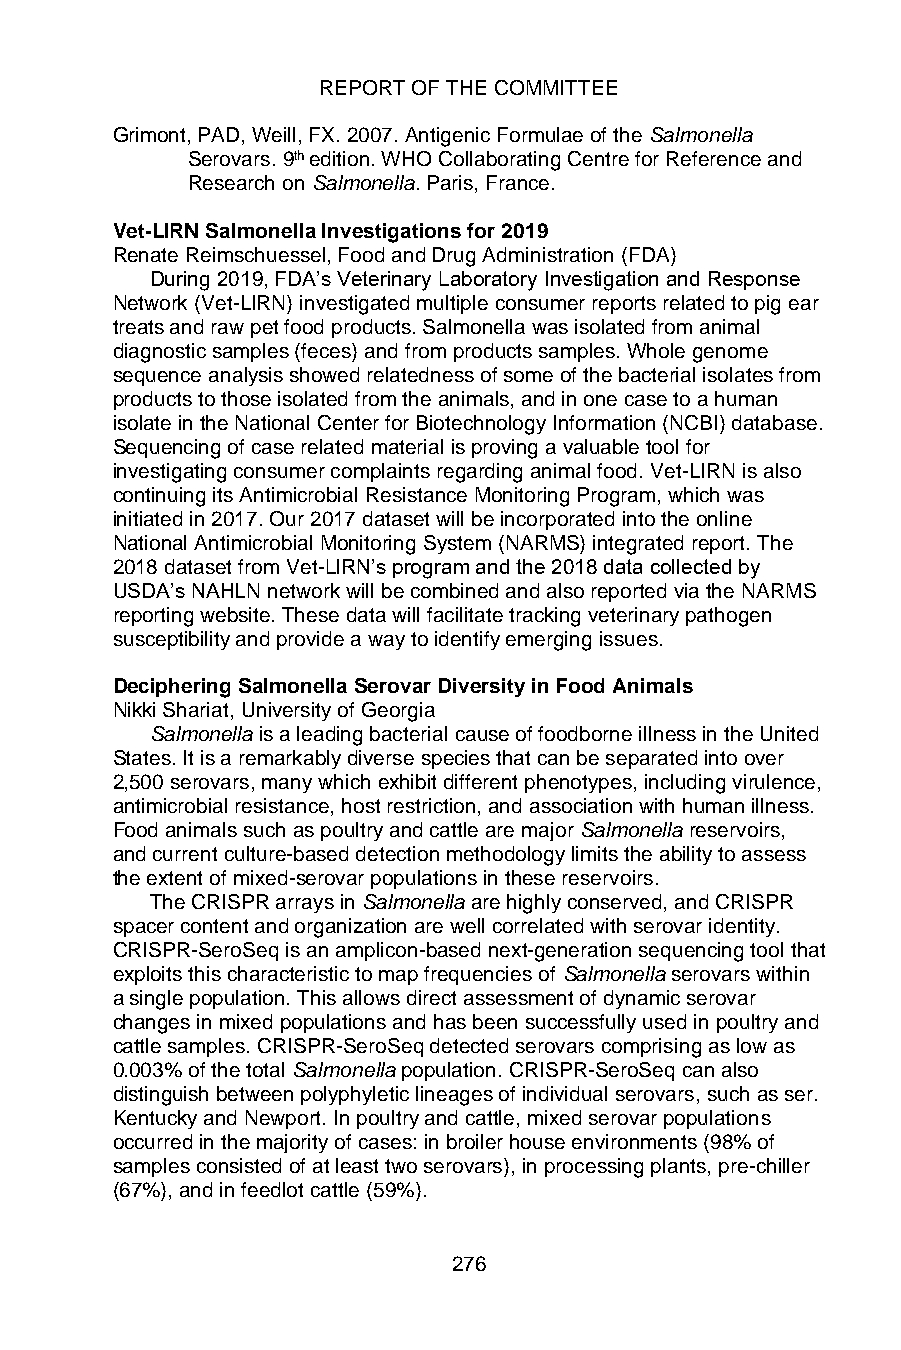
REPORT OF THE COMMITTEE
 Grimont, PAD, Weill, FX. 2007. Antigenic Formulae of the Salmonella
 Serovars. 9th edition. WHO Collaborating Centre for Reference and
 Research on Salmonella. Paris, France.
 Vet-LIRN Salmonella Investigations for 2019
 Renate Reimschuessel, Food and Drug Administration (FDA)
 During 2019, FDA’s Veterinary Laboratory Investigation and Response
 Network (Vet-LIRN) investigated multiple consumer reports related to pig ear
 treats and raw pet food products. Salmonella was isolated from animal
 diagnostic samples (feces) and from products samples. Whole genome
 sequence analysis showed relatedness of some of the bacterial isolates from
 products to those isolated from the animals, and in one case to a human
 isolate in the National Center for Biotechnology Information (NCBI) database.
 Sequencing of case related material is proving a valuable tool for
 investigating consumer complaints regarding animal food. Vet-LIRN is also
 continuing its Antimicrobial Resistance Monitoring Program, which was
 initiated in 2017. Our 2017 dataset will be incorporated into the online
 National Antimicrobial Monitoring System (NARMS) integrated report. The
 2018 dataset from Vet-LIRN’s program and the 2018 data collected by
 USDA’s NAHLN network will be combined and also reported via the NARMS
 reporting website. These data will facilitate tracking veterinary pathogen
 susceptibility and provide a way to identify emerging issues.
 Deciphering Salmonella Serovar Diversity in Food Animals
 Nikki Shariat, University of Georgia
 Salmonella is a leading bacterial cause of foodborne illness in the United
 States. It is a remarkably diverse species that can be separated into over
 2,500 serovars, many which exhibit different phenotypes, including virulence,
 antimicrobial resistance, host restriction, and association with human illness.
 Food animals such as poultry and cattle are major Salmonella reservoirs,
 and current culture-based detection methodology limits the ability to assess
 the extent of mixed-serovar populations in these reservoirs.
 The CRISPR arrays in Salmonella are highly conserved, and CRISPR
 spacer content and organization are well correlated with serovar identity.
 CRISPR-SeroSeq is an amplicon-based next-generation sequencing tool that
 exploits this characteristic to map frequencies of Salmonella serovars within
 a single population. This allows direct assessment of dynamic serovar
 changes in mixed populations and has been successfully used in poultry and
 cattle samples. CRISPR-SeroSeq detected serovars comprising as low as
 0.003% of the total Salmonella population. CRISPR-SeroSeq can also
 distinguish between polyphyletic lineages of individual serovars, such as ser.
 Kentucky and Newport. In poultry and cattle, mixed serovar populations
 occurred in the majority of cases: in broiler house environments (98% of
 samples consisted of at least two serovars), in processing plants, pre-chiller
 (67%), and in feedlot cattle (59%).
 276